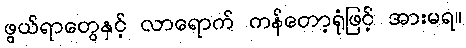
ဖွယ်ရာတွေနှင့် လာရောက် ကန်တော့ရုံဖြင့် အားမရ။